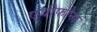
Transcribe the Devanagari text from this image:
एवीफौना